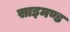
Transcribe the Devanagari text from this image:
साइमण्ड